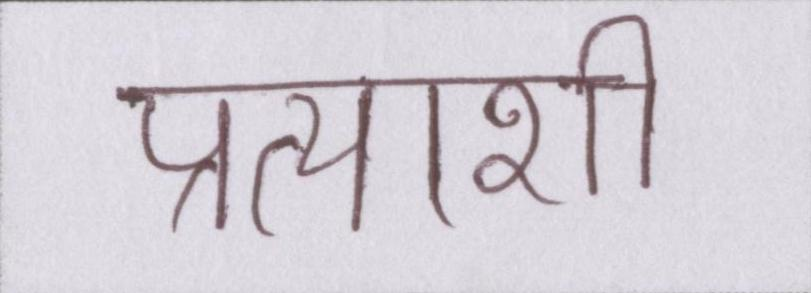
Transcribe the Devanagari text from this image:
प्रत्याशी